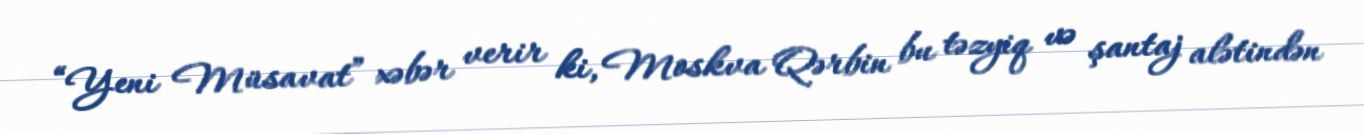
“Yeni Müsavat” xəbər verir ki, Moskva Qərbin bu təzyiq və şantaj alətindən